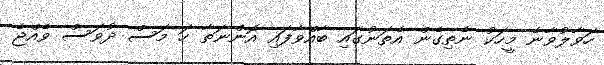
ހަވާލުވާނެ މީހަކު ނެތިގެން އެތަނުގައި ބާއްވާފައި އޮންނަތާ ހަ މަސް ދުވަސް ވެއްޖެ